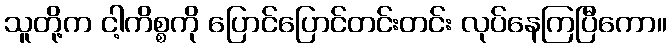
သူတို့က ငါ့ကိစ္စကို ပြောင်ပြောင်တင်းတင်း လုပ်နေကြပြီကော။